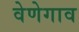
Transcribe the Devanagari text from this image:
वेणेगाव